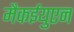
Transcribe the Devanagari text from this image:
मैकईयुएन